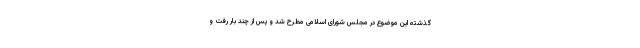
گذشته این موضوع در مجلس شورای اسلامی مطرح شد و پس از چند بار رفت و